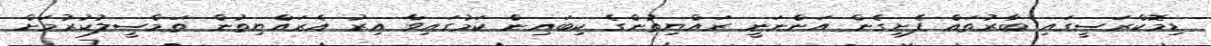
ޑިމޮކްރަސީގައި ބާރުތައް ފެށިގެން އަންނަނީ ރައްޔިތުންގެ ކިބައިން ކަމުގައިވާ އިރު އެރައްޔިތުން ތަމްސީލުކުރުމަށް